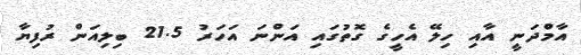
އާމްދަނީ އާއި ހިލޭ އެހީގެ ގޮތުގައި އަންނަ އަހަރު 21.5 ބިލިއަން ރުފިޔާ